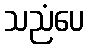
သညံပေ